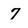
Character: 7